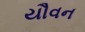
યૌવન